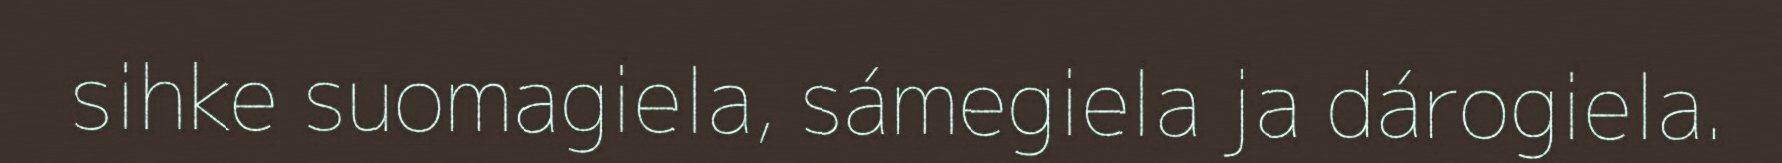
sihke suomagiela, sámegiela ja dárogiela.